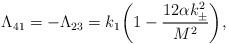
LaTeX: \begin{align*}\Lambda_{41}=-\Lambda_{23}=k_1\bigg(1-\frac{12\alpha k^2_\pm}{M^2}\bigg),\end{align*}